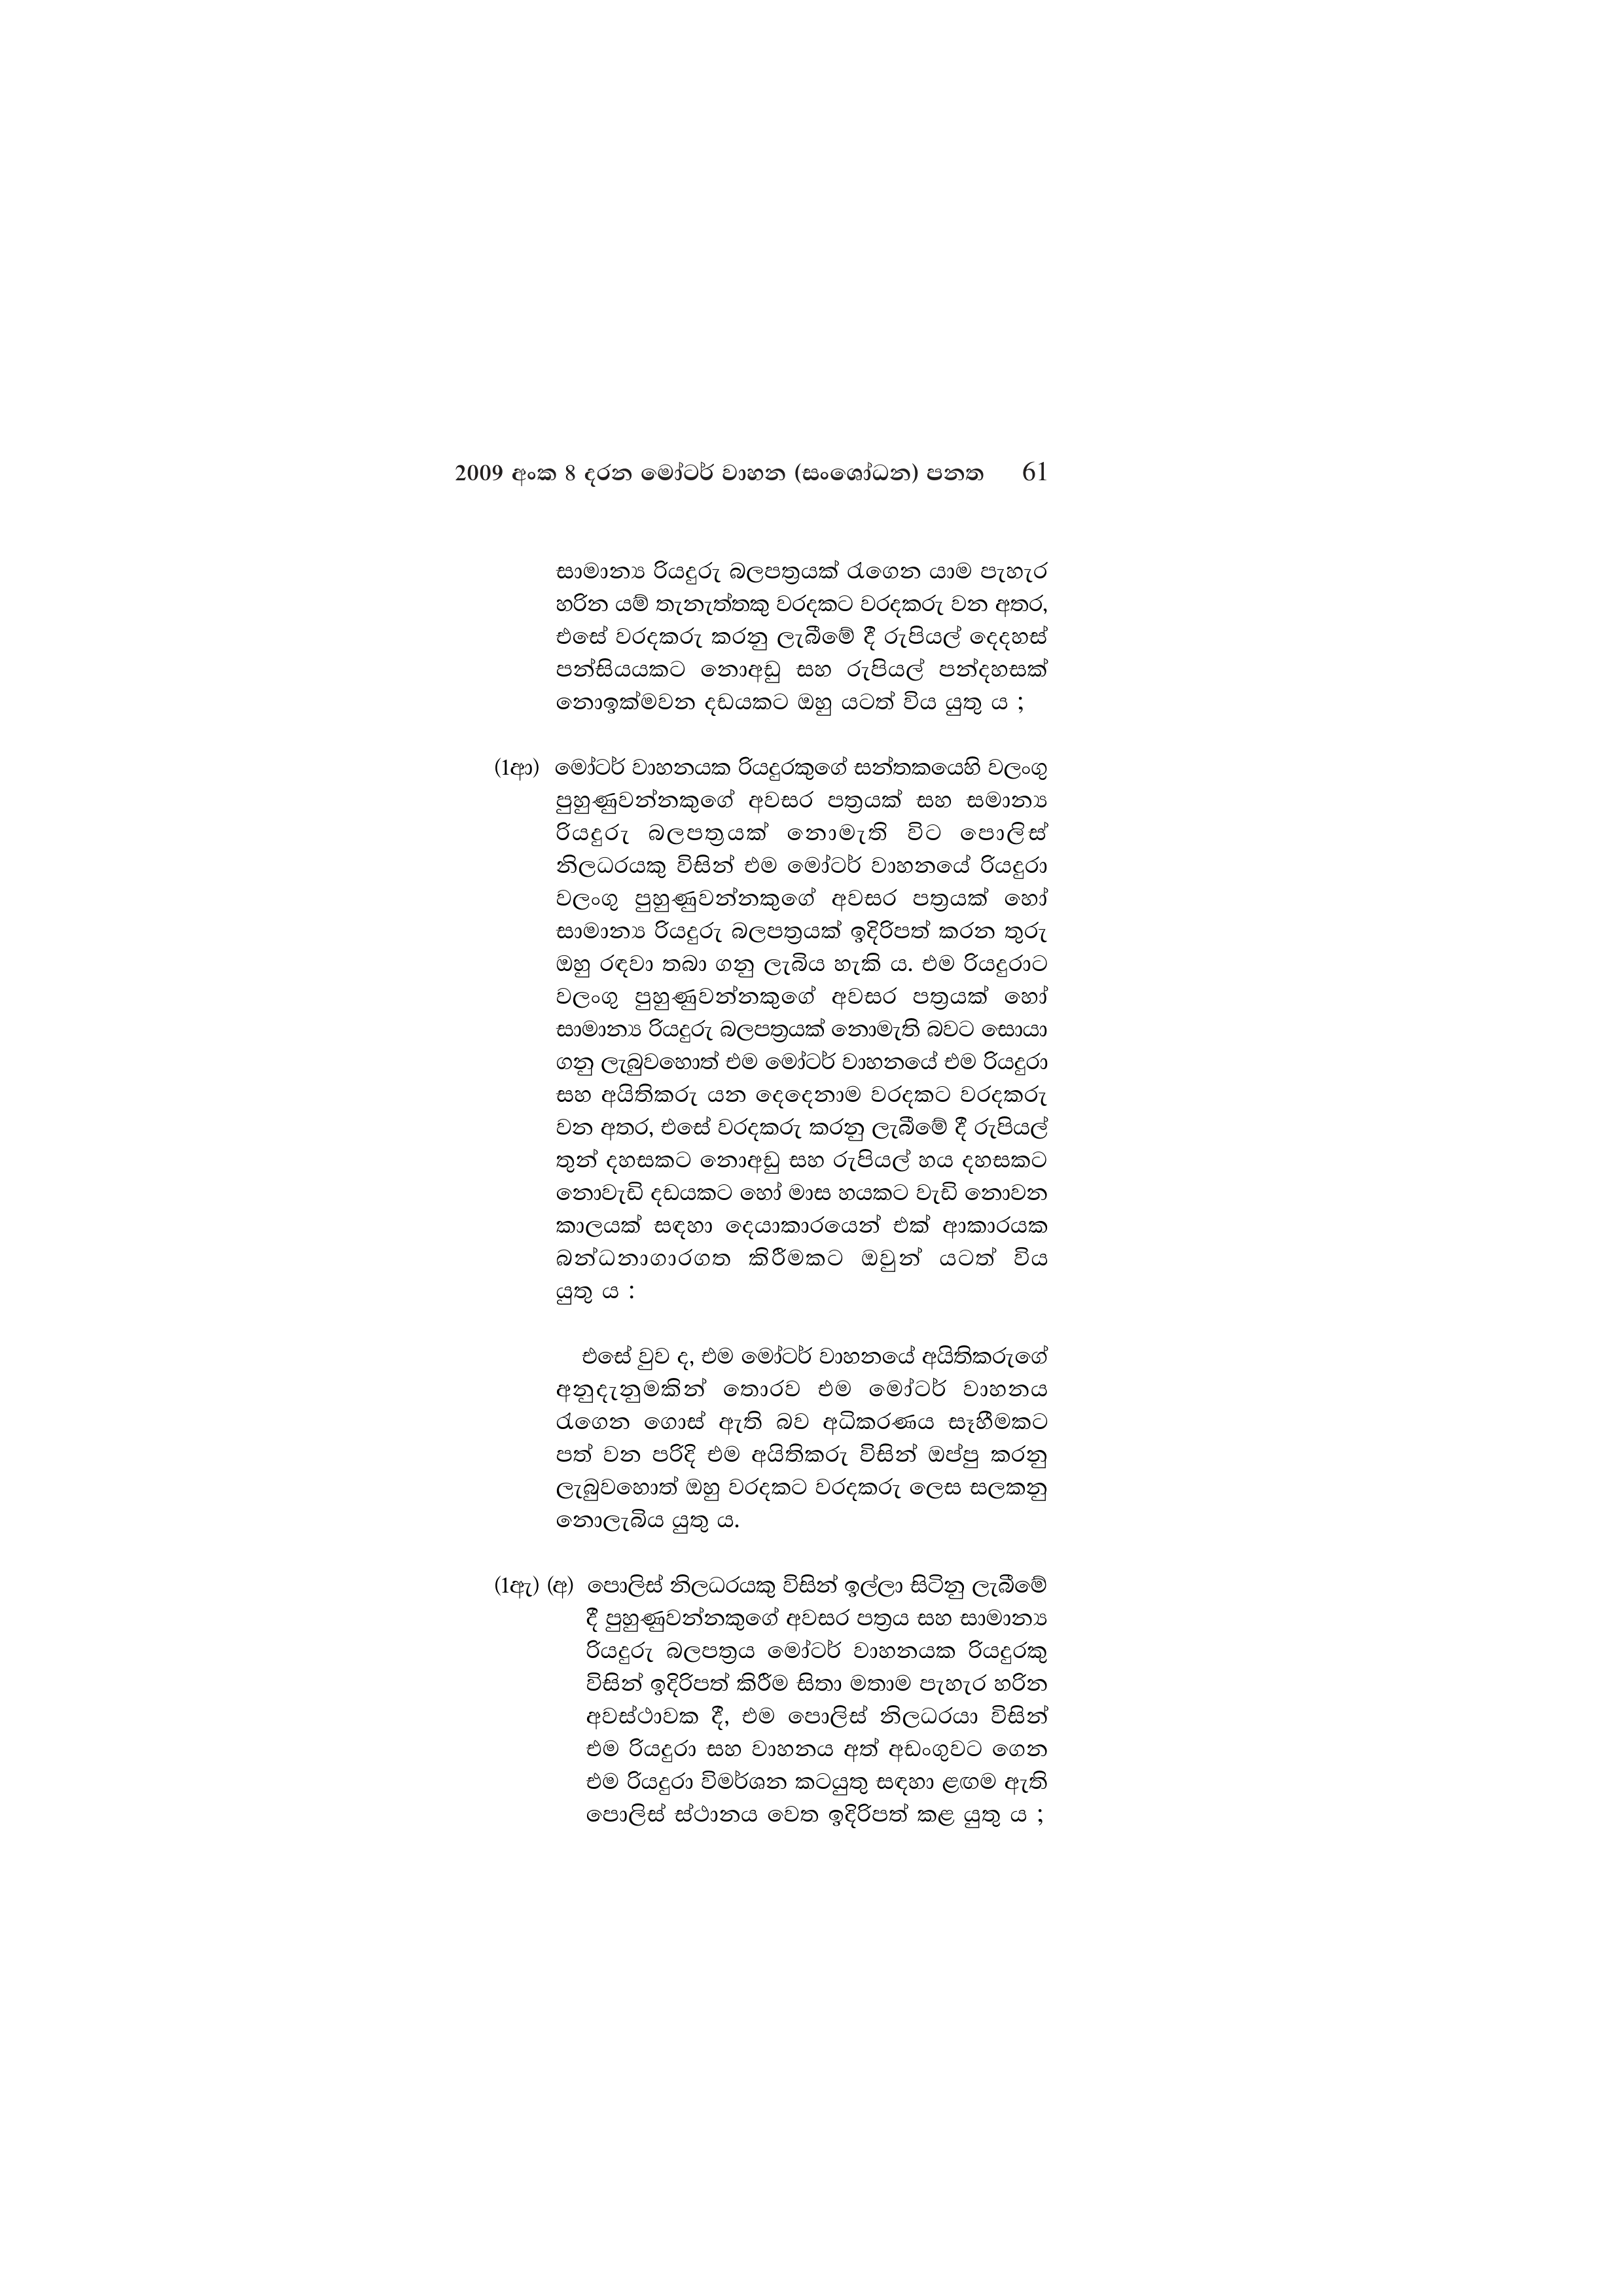
2009 අංක 8 දරන මෝටර් වාහන (සංශෝධන) පනත 61

සාමාන්‍ය රියදුරු බලපත්‍රයක් රැගෙන යාම පැහැර
හරින යම් තැනැත්තකු වරදකට වරදකරු වන අතර,
එසේ වරදකරු කරනු ලැබීමේ දී රුපියල් දෙදහස්
පන්සියයකට නොඅඩු සහ රුපියල් පන්දහසක්
නොඉක්මවන දඩයකට ඔහු යටත් විය යුතු ය ;

(1ආ) මෝටර් වාහනයක රියදුරකුගේ සන්තකයෙහි වලංගු
පුහුණුවන්නකුගේ අවසර පත්‍රයක් සහ සමාන්‍ය
රියදුරු බලපත්‍රයක් නොමැති විට පොලිස්
නිලධරයකු විසින් එම මෝටර් වාහනයේ රියදුරා
වලංගු පුහුණුවන්නකුගේ අවසර පත්‍රයක් හෝ
සාමාන්‍ය රියදුරු බලපත්‍රයක් ඉදිරිපත් කරන තුරු
ඔහු රඳවා තබා ගනු ලැබිය හැකි ය. එම රියදුරාට
වලංගු පුහුණුවන්නකුගේ අවසර පත්‍රයක් හෝ
සාමාන්‍ය රියදුරු බලපත්‍රයක් නොමැති බවට සොයා
ගනු ලැබුවහොත් එම මෝටර් වාහනයේ එම රියදුරා
සහ අයිතිකරු යන දෙදෙනාම වරදකට වරදකරු
වන අතර, එසේ වරදකරු කරනු ලැබීමේ දී රුපියල්
තුන් දහසකට නොඅඩු සහ රුපියල් හය දහසකට
නොවැඩි දඩයකට හෝ මාස හයකට වැඩි නොවන
කාලයක් සඳහා දෙයාකාරයෙන් එක් ආකාරයක
බන්ධනාගාරගත කිරීමකට ඔවුන් යටත් විය
යුතු ය :

එසේ වුව ද, එම මෝටර් වාහනයේ අයිතිකරුගේ
අනුදැනුමකින් තොරව එම මෝටර් වාහනය
රැගෙන ගොස් ඇති බව අධිකරණය සෑහීමකට
පත් වන පරිදි එම අයිතිකරු විසින් ඔප්පු කරනු
ලැබුවහොත් ඔහු වරදකට වරදකරු ලෙස සලකනු
නොලැබිය යුතු ය.

(1ඇ) (අ) පොලිස් නිලධරයකු විසින් ඉල්ලා සිටිනු ලැබීමේ
දී පුහුණුවන්නකුගේ අවසර පත්‍රය සහ සාමාන්‍ය
රියදුරු බලපත්‍රය මෝටර් වාහනයක රියදුරකු
විසින් ඉදිරිපත් කිරීම සිතා මතාම පැහැර හරින
අවස්ථාවක දී, එම පොලිස් නිලධරයා විසින්
එම රියදුරා සහ වාහනය අත් අඩංගුවට ගෙන
එම රියදුරා විමර්ශන කටයුතු සඳහා ළඟම ඇති
පොලිස් ස්ථානය වෙත ඉදිරිපත් කළ යුතු ය ;